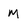
Character: M